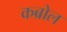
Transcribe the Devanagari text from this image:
कब्रोल